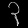
Digit: ၃